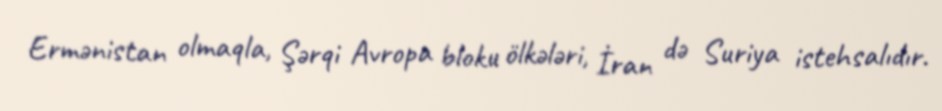
Ermənistan olmaqla, Şərqi Avropa bloku ölkələri, İran də Suriya istehsalıdır.